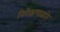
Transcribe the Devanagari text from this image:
निरीक्षणाद्वारे